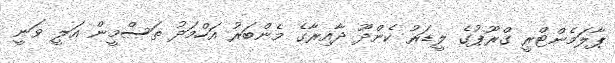
ޕާލަމެންޓްރީ ގްރޫޕުގެ ލީޑަރު ކެންދޫ ދާއިރާގެ މެންބަރު އަހްމަދު ތަސްމީން އަލީ ވަނީ